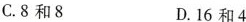
C.8和8 D.16和4